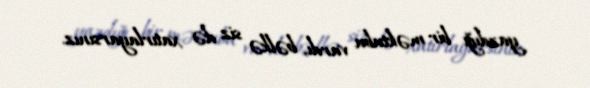
yazdığı bir məktubu vardı, bəlkə siz də xatırlayarsınız.